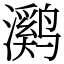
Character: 㶉